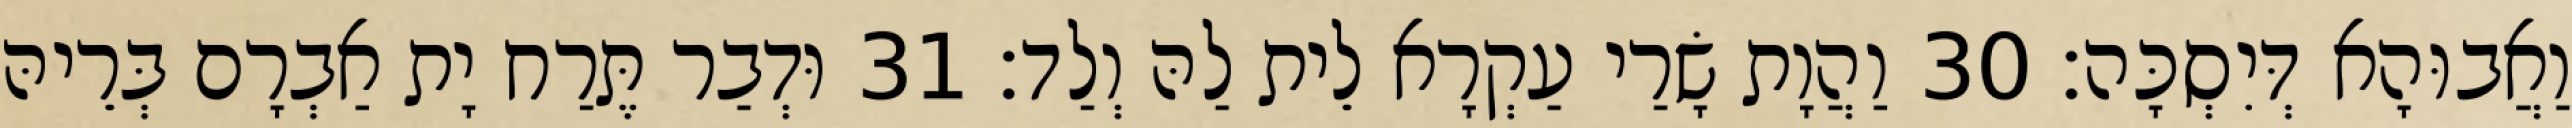
וַאֲבוּהָא דְּיִסְכָּה׃ 30 וַהֲוָת שָׂרַי עַקְרָא לֵית לַהּ וְלַד׃ 31 וּדְבַר תֶּרַח יָת אַבְרָם בְּרֵיהּ